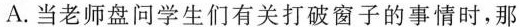
A.当老师盘问学生们有关打破窗子的事情时，那